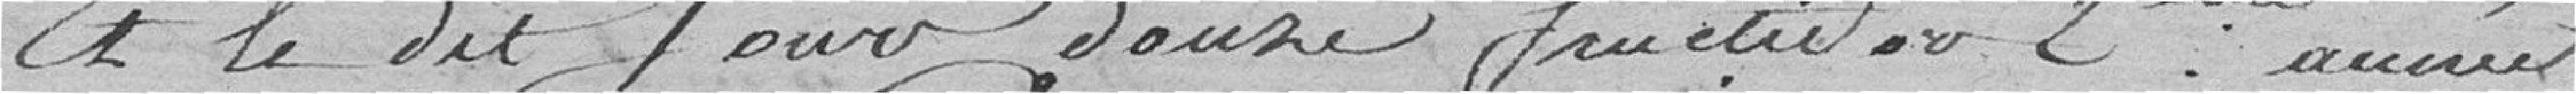
Et le dit jour douze Fructidor 2eme année